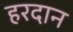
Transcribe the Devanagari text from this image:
हरदान